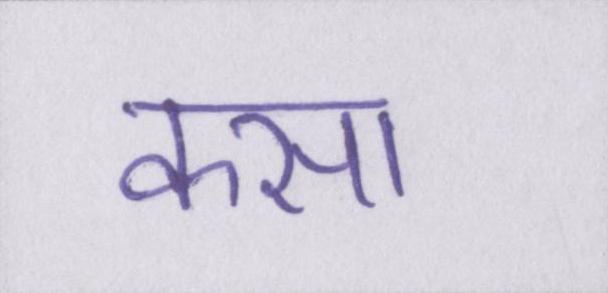
कसा